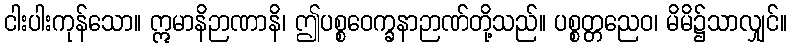
ငါးပါးကုန်သော။ ဣမာနိဉာဏာနိ၊ ဤပစ္စဝေက္ခနာဉာဏ်တို့သည်။ ပစ္စတ္တညေဝ၊ မိမိ၌သာလျှင်။